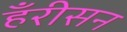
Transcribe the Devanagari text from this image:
हँरीसन